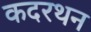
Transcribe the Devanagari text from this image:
कदरथन